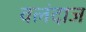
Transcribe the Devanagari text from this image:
वलंदाज